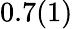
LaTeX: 0.7(1)\